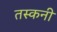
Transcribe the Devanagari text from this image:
तस्कनी